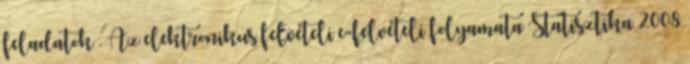
feladatok . Az elektronikus felvételi e-felvételi folyamata Statisztika 2008